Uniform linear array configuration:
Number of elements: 12
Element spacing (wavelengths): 0.75
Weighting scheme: uniform
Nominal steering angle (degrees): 45
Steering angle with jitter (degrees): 46.334
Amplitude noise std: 0.05
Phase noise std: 0.05

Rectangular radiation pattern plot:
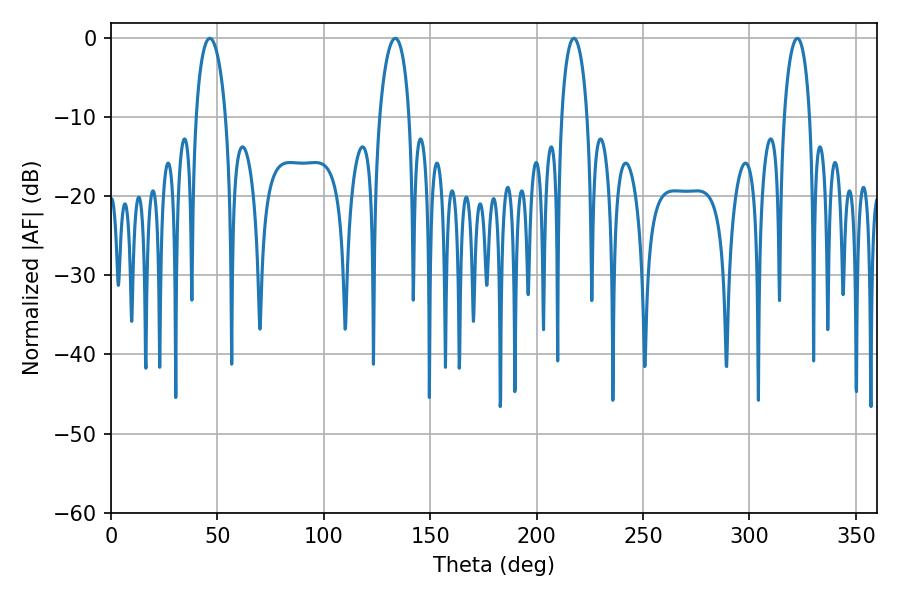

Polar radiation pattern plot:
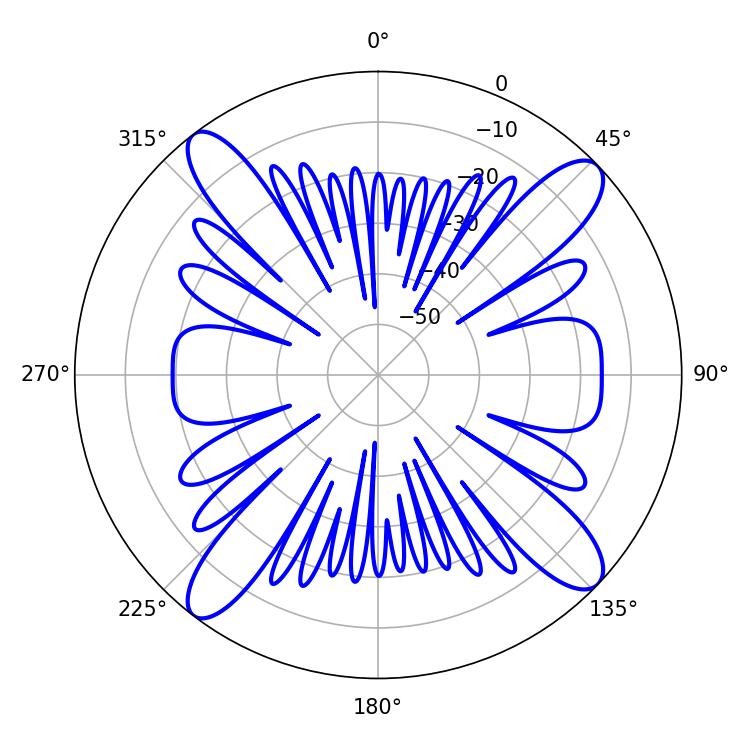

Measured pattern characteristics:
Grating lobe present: TRUE
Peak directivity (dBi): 14.956
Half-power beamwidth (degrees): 7.92
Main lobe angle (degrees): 46.44